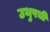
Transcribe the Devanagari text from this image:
उथुपची